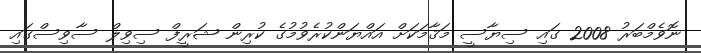
ނޮވެމްބަރު 2008 ގައި ސިޔާސީ މަޤާމަކަށް އައްޔަންކުރެވުމުގެ ކުރިން ޝަރީފް ސިވިލް ސާވިސްގައި